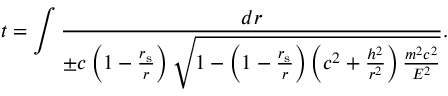
t = \int { \frac { d r } { \pm c \left( 1 - { \frac { r _ { \mathrm { { s } } } } { r } } \right) { \sqrt { 1 - \left( 1 - { \frac { r _ { \mathrm { { s } } } } { r } } \right) \left( c ^ { 2 } + { \frac { h ^ { 2 } } { r ^ { 2 } } } \right) { \frac { m ^ { 2 } c ^ { 2 } } { E ^ { 2 } } } } } } } .